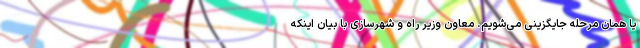
یا همان مرحله جایگزینی می‌شویم. معاون وزیر راه و شهرسازی با بیان اینکه